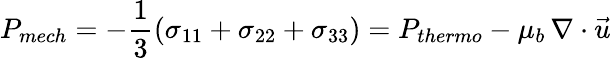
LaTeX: {P}_{mech}=-\frac{1}{3}(\sigma_{11}+\sigma_{22}+\sigma_{33})=P_{thermo}-\mu_{b}\, \nabla\cdot\vec{u}